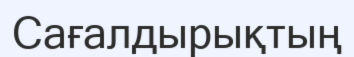
Сағалдырықтың